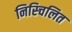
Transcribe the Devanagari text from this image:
निस्चिलित